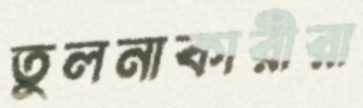
তুলনাকারীরা